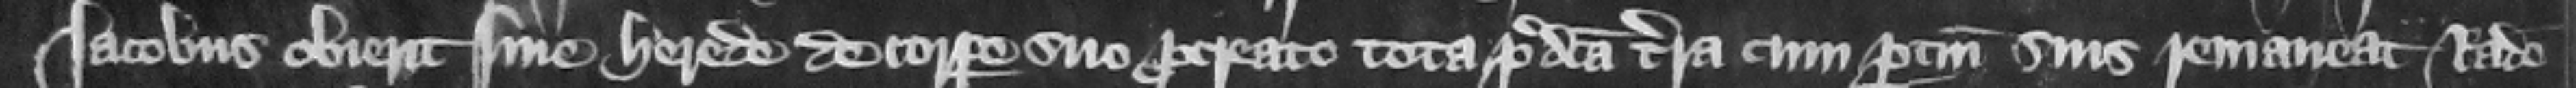
Iacobus obierit sine herede de corpore suo procreato tota predicta terra cum pertinencis suis remaneat Radulpho